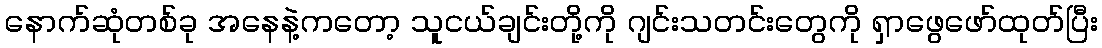
နောက်ဆုံတစ်ခု အနေနဲ့ကတော့ သူငယ်ချင်းတို့ကို ဂျင်းသတင်းတွေကို ရှာဖွေဖော်ထုတ်ပြီး